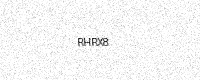
Text: RHRX8